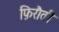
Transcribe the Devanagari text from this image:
फ़िरौती